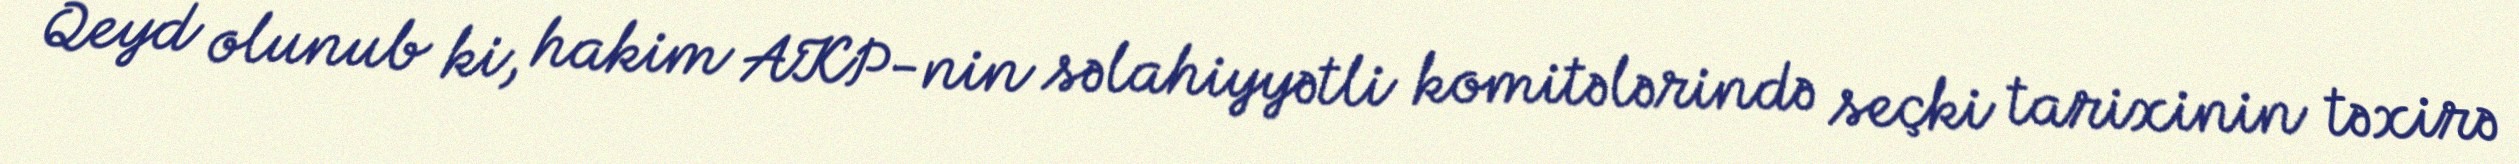
Qeyd olunub ki, hakim AKP-nin səlahiyyətli komitələrində seçki tarixinin təxirə